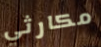
مكارثي